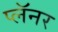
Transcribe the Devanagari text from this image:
प्लॅनर